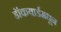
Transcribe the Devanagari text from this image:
डॉकयार्डमधून